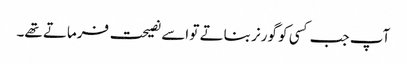
آپ جب کسی کو گورنر بناتے تو اسے نصیحت فرماتے تھے۔